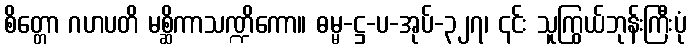
စိတ္တော ဂဟပတိ မစ္ဆိကာသဏ္ဍိကော။ ဓမ္မ-ဋ္ဌ-ပ-အုပ်-၃၂၇၊ ၎င်း သူကြွယ်ဘုန်းကြီးပုံ